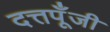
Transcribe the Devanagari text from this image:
दत्तपूँजी